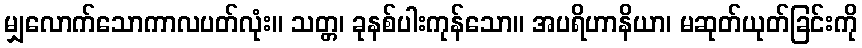
မျှလောက်သောကာလပတ်လုံး။ သတ္တ၊ ခုနစ်ပါးကုန်သော။ အပရိဟာနိယာ၊ မဆုတ်ယုတ်ခြင်းကို